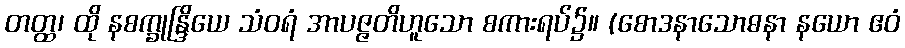
တတ္ထ၊ ထို နစက္ခုန္ဒြိယေ သံဝရံ အာပဇ္ဇတိဟူသော စကားရပ်၌။ (စောဒနာသောဓနာ နယော ဧဝံ